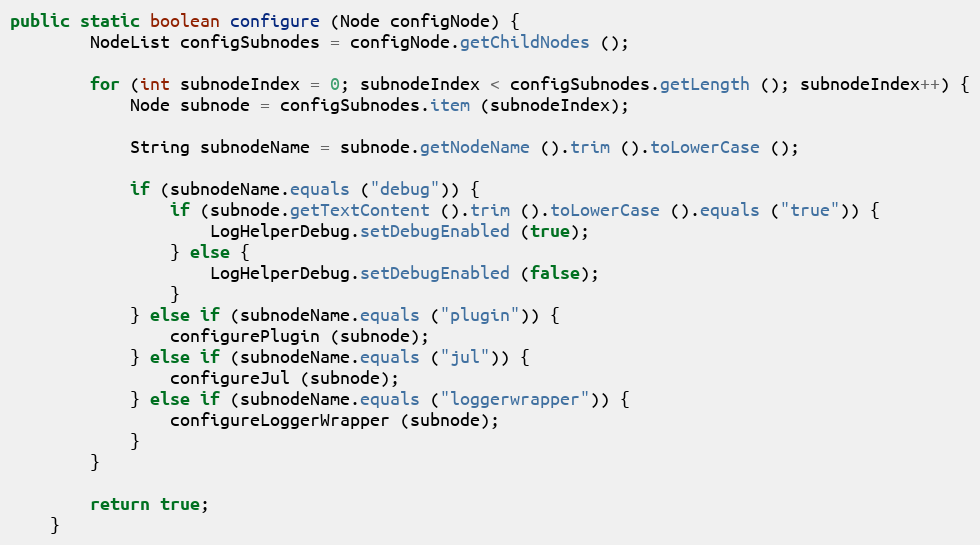
Language: Java
public static boolean configure (Node configNode) {
		NodeList configSubnodes = configNode.getChildNodes ();

		for (int subnodeIndex = 0; subnodeIndex < configSubnodes.getLength (); subnodeIndex++) {
			Node subnode = configSubnodes.item (subnodeIndex);

			String subnodeName = subnode.getNodeName ().trim ().toLowerCase ();

			if (subnodeName.equals ("debug")) {
				if (subnode.getTextContent ().trim ().toLowerCase ().equals ("true")) {
					LogHelperDebug.setDebugEnabled (true);
				} else {
					LogHelperDebug.setDebugEnabled (false);
				}
			} else if (subnodeName.equals ("plugin")) {
				configurePlugin (subnode);
			} else if (subnodeName.equals ("jul")) {
				configureJul (subnode);
			} else if (subnodeName.equals ("loggerwrapper")) {
				configureLoggerWrapper (subnode);
			}
		}

		return true;
	}